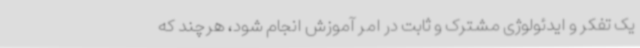
یک تفکر و ایدئولوژی مشترک و ثابت در امر آموزش انجام شود، هرچند که